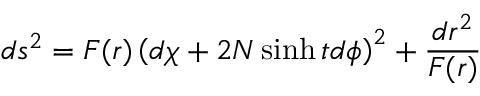
d s ^ { 2 } = F ( r ) \left( d \chi + 2 N \sinh t d \phi \right) ^ { 2 } + \frac { d r ^ { 2 } } { F ( r ) }